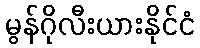
မွန်ဂိုလီးယားနိုင်ငံ